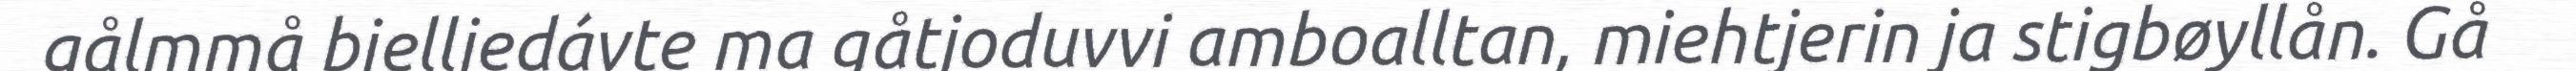
gålmmå bielljedávte ma gåtjoduvvi amboalltan, miehtjerin ja stigbøyllån. Gå